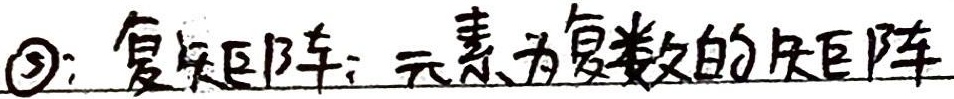
\textcircled{3}：复矩阵：元素为复数的矩阵